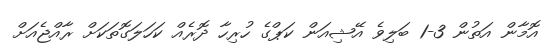
އޮމާން އަތުން 3-1 ބަލިވެ އޭޝިއަން ކަޕްގެ ހުރިހާ ދޮރެއް ކަހަލަގޮތަކަށް ރާއްޖެއަށް